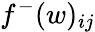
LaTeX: f^{-}(w)_{ij}